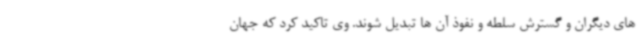
های دیگران و گسترش سلطه و نفوذ آن ها تبدیل شوند. وی تاکید کرد که جهان